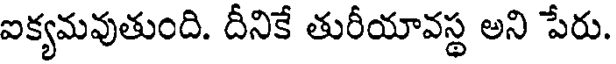
ఐక్యమవుతుంది. దీనికే తురీయావస్థ అని పేరు.